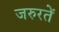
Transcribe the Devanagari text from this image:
जरुरतें